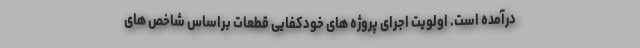
درآمده است. اولویت اجرای پروژه های خودکفایی قطعات براساس شاخص های